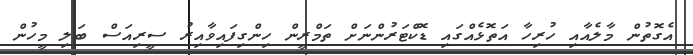
އެގޮތުން މާލެއާއި ހުރިހާ އަތޮޅެއްގައި ޑޮކްޓަރުންނަށް ތަމްރީން ހިންގިފައިވާއިރު ސީރިއަސް ބަލި މީހުން